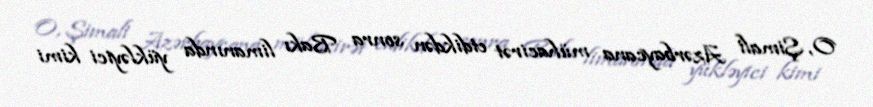
O, Şimali Azərbaycana mühacirət etdikdən sonra Bakı limanında yükləyici kimi